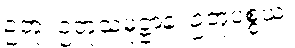
ဥတု၊ ဥတုသမုဋ္ဌာန၊ ဥတုပစ္စယ၊